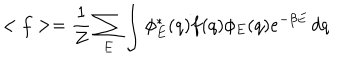
< f > = \frac { 1 } { Z } \sum _ { E } \int \phi _ { E } ^ { * } ( q ) f ( q ) \phi _ { E } ( q ) e ^ { - \beta E } \, d q